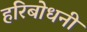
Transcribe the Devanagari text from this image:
हरिबोधनी